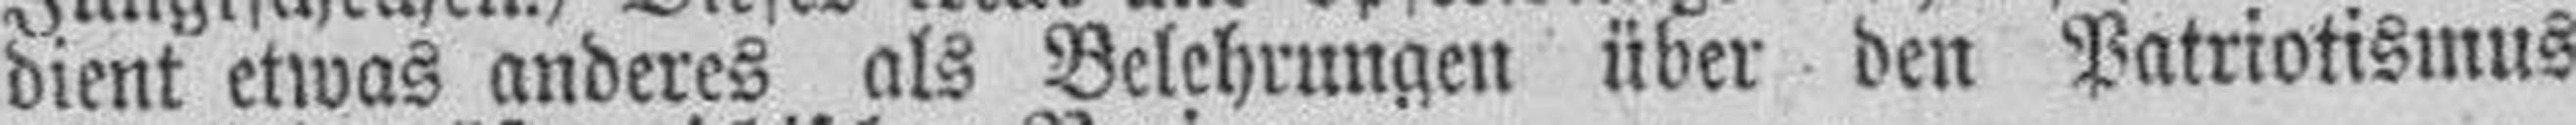
dient etwas anderes als Belehrungen über den Patriotismus